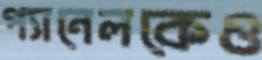
প্যানেলকেও